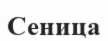
Сеница